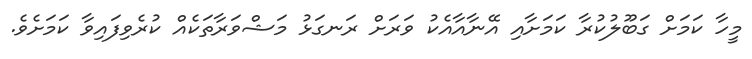
މީހާ ކަމަށް ގަބޫލުކުރާ ކަމަށާއި އޭނާއާއެކު ވަރަށް ރަނގަޅު މަޝްވަރާތަކެއް ކުރެވިފައިވާ ކަމަށެވެ.